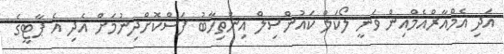
އަދި އެމްއާރްއެމްއިން ވަނީ ލޯކަލް ކައުންސިލް އިންތިހާބު ފަސްކޮށްދިނުމަށް އެދި އެ ޕާޓީގެ